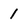
Character: 1